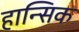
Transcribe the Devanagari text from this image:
हान्सिक